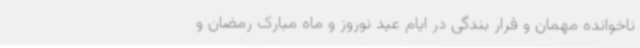
ناخوانده مهمان و قرار بندگی در ایام عید نوروز و ماه مبارک رمضان و